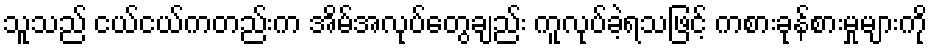
သူသည် ငယ်ငယ်ကတည်းက အိမ်အလုပ်တွေချည်း ကူလုပ်ခဲ့ရသဖြင့် ကစားခုန်စားမှုများကို